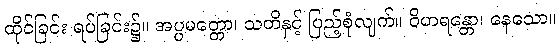
ထိုင်ခြင်း ရပ်ခြင်း၌။ အပ္ပမတ္တော၊ သတိနှင့် ပြည့်စုံလျက်။ ဝိဟရန္တော၊ နေသော။